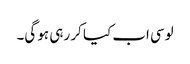
لوسی اب کیا کر رہی ہو گی۔